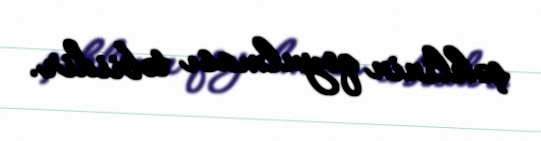
şəklinin qoyulması təbiidir.